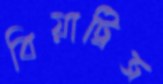
বিয়াট্রিজ